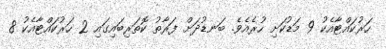
ހަރުކައްޓާއެކު 9 މަޑުކަށި ހުރެއެވެ. ބަނޑުދަށް ފަރާތު ކޮތަރިބައިގައި 2 ހަރުކައްޓާއެކު 8